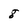
Character: 8